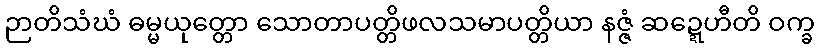
ဉာတိသံဃံ ဓမ္မယုတ္တော သောတာပတ္တိဖလသမာပတ္တိယာ နဇ္ဇံ ဆဍ္ဍေဟီတိ ဝက္ခ